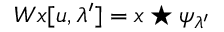
W x [ u , \lambda ^ { \prime } ] = x \star \psi _ { \lambda ^ { \prime } }